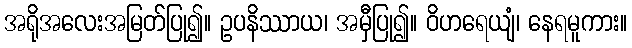
အရိုအလေးအမြတ်ပြု၍။ ဥပနိဿာယ၊ အမှီပြု၍။ ဝိဟရေယျံ၊ နေရမူကား။